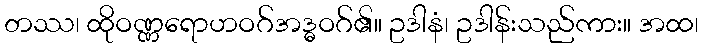
တဿ၊ ထိုဝဏ္ဏရောဟဝဂ်အဒ္ဓဝဂ်၏။ ဥဒါနံ၊ ဥဒါန်းသည်ကား။ အထ၊